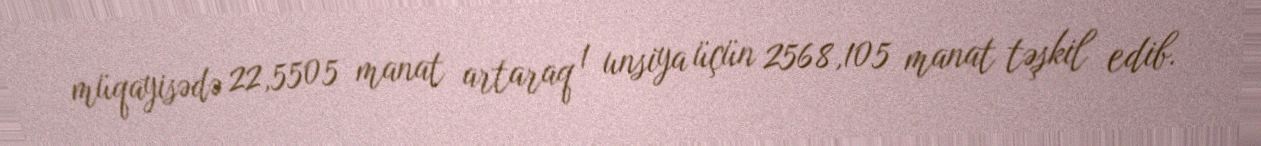
müqayisədə 22,5505 manat artaraq 1 unsiya üçün 2568,105 manat təşkil edib.